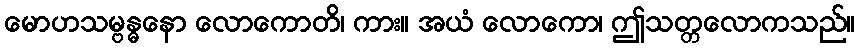
မောဟသမ္ဗန္ဓနော လောကောတိ၊ ကား။ အယံ လောကော၊ ဤသတ္တလောကသည်။